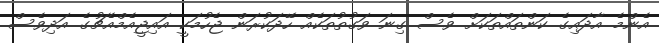
އެންމެ އާދައިގެ ކަންތައްތަކަށް ވެސް ގިނަ ވަގުތުތަކެއް ހޭދަކުރަން ޖެހުމަކީ އައިޖީއެމްއެޗުގެ އަދިވެސް